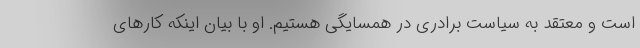
است و معتقد به سیاست برادری در همسایگی هستیم. او با بیان اینکه کارهای